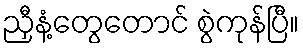
ညှီနံ့တွေတောင် စွဲကုန်ပြီ။